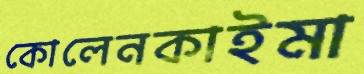
কোলেনকাইমা